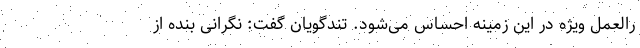
رالعمل ویژه در این زمینه احساس می‌شود. تندگویان گفت: نگرانی بنده از